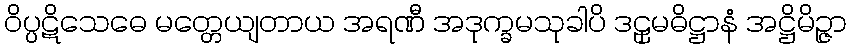
ဝိပ္ပဋိသေဓေ မတ္တေယျတာယ အရဏီ အဒုက္ခမသုခါပိ ဒဠှမဓိဋ္ဌာနံ အဋ္ဌိမိဉ္ဇာ